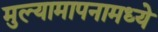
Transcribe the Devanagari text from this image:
मुल्यामापनामध्ये